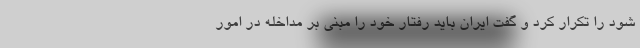
شود را تکرار کرد و گفت ایران باید رفتار خود را مبنی بر مداخله در امور